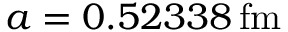
a = 0 . 5 2 3 3 8 \, \mathrm { f m }